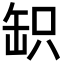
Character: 䍉